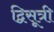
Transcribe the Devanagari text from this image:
द्विसूत्री